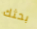
بحثك